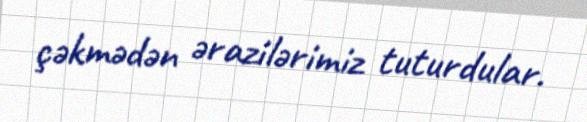
çəkmədən ərazilərimiz tuturdular.